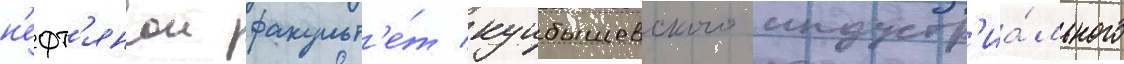
н'ефт'янои факульт'е́т куибышевского индустр'иа́льного